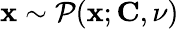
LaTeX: \mathbf{x}\sim\mathcal{{P}}({\mathbf{\mathbf{x}}};{\mathbf{C}},\nu)